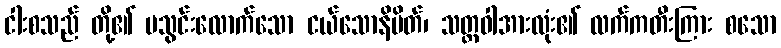
ငါးစသည် တို့၏ မသွင်းလောက်သော ငယ်သောနိမိတ်၊ သတ္တဝါအားလုံး၏ လက်ကတီးကြား စသော